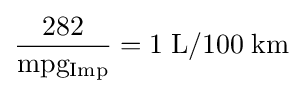
{\frac {282}{\rm {mpg_{Imp}}}}={\rm {1\;L/100\;km}}